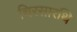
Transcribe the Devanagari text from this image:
चिरसारथि